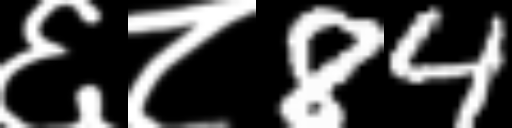
Text: ६८84